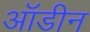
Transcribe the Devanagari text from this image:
ऑडीन